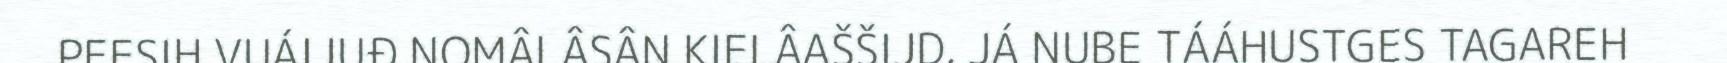
PEESIH VUÁIJUĐ NOMÂLÂSÂN KIELÂAŠŠIJD, JÁ NUBE TÁÁHUSTGES TAGAREH